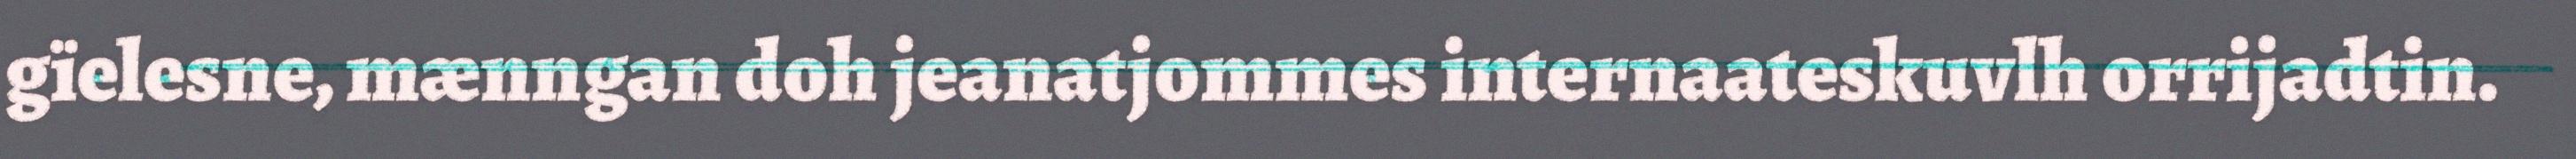
gïelesne, mænngan doh jeanatjommes internaateskuvlh orrijadtin.